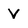
Character: V